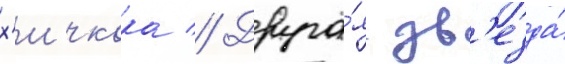
х'ичкока // Друга́я зв'езда́